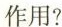
作用?